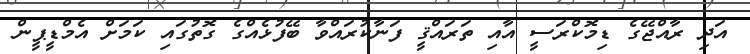
އަދި ރާއްޖޭގެ ޑިމޮކްރަސީ އާއި ތަރައްޤީ ފަނާކުރައްވާ ބޭފުޅެއްގެ ގޮތުގައި ކަމަށް އެމްޑީޕީން